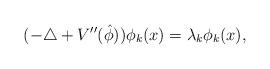
LaTeX: \begin{align*}(-\triangle +V''( \hat{\phi})) \phi_{k}(x)=\lambda_{k}\phi_{k}(x),\end{align*}